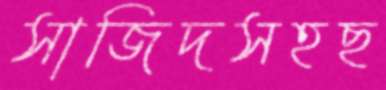
সাজিদসহছ